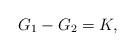
LaTeX: \begin{align*} G_1-G_2=K, \end{align*}